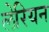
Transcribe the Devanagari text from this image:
लेरियन